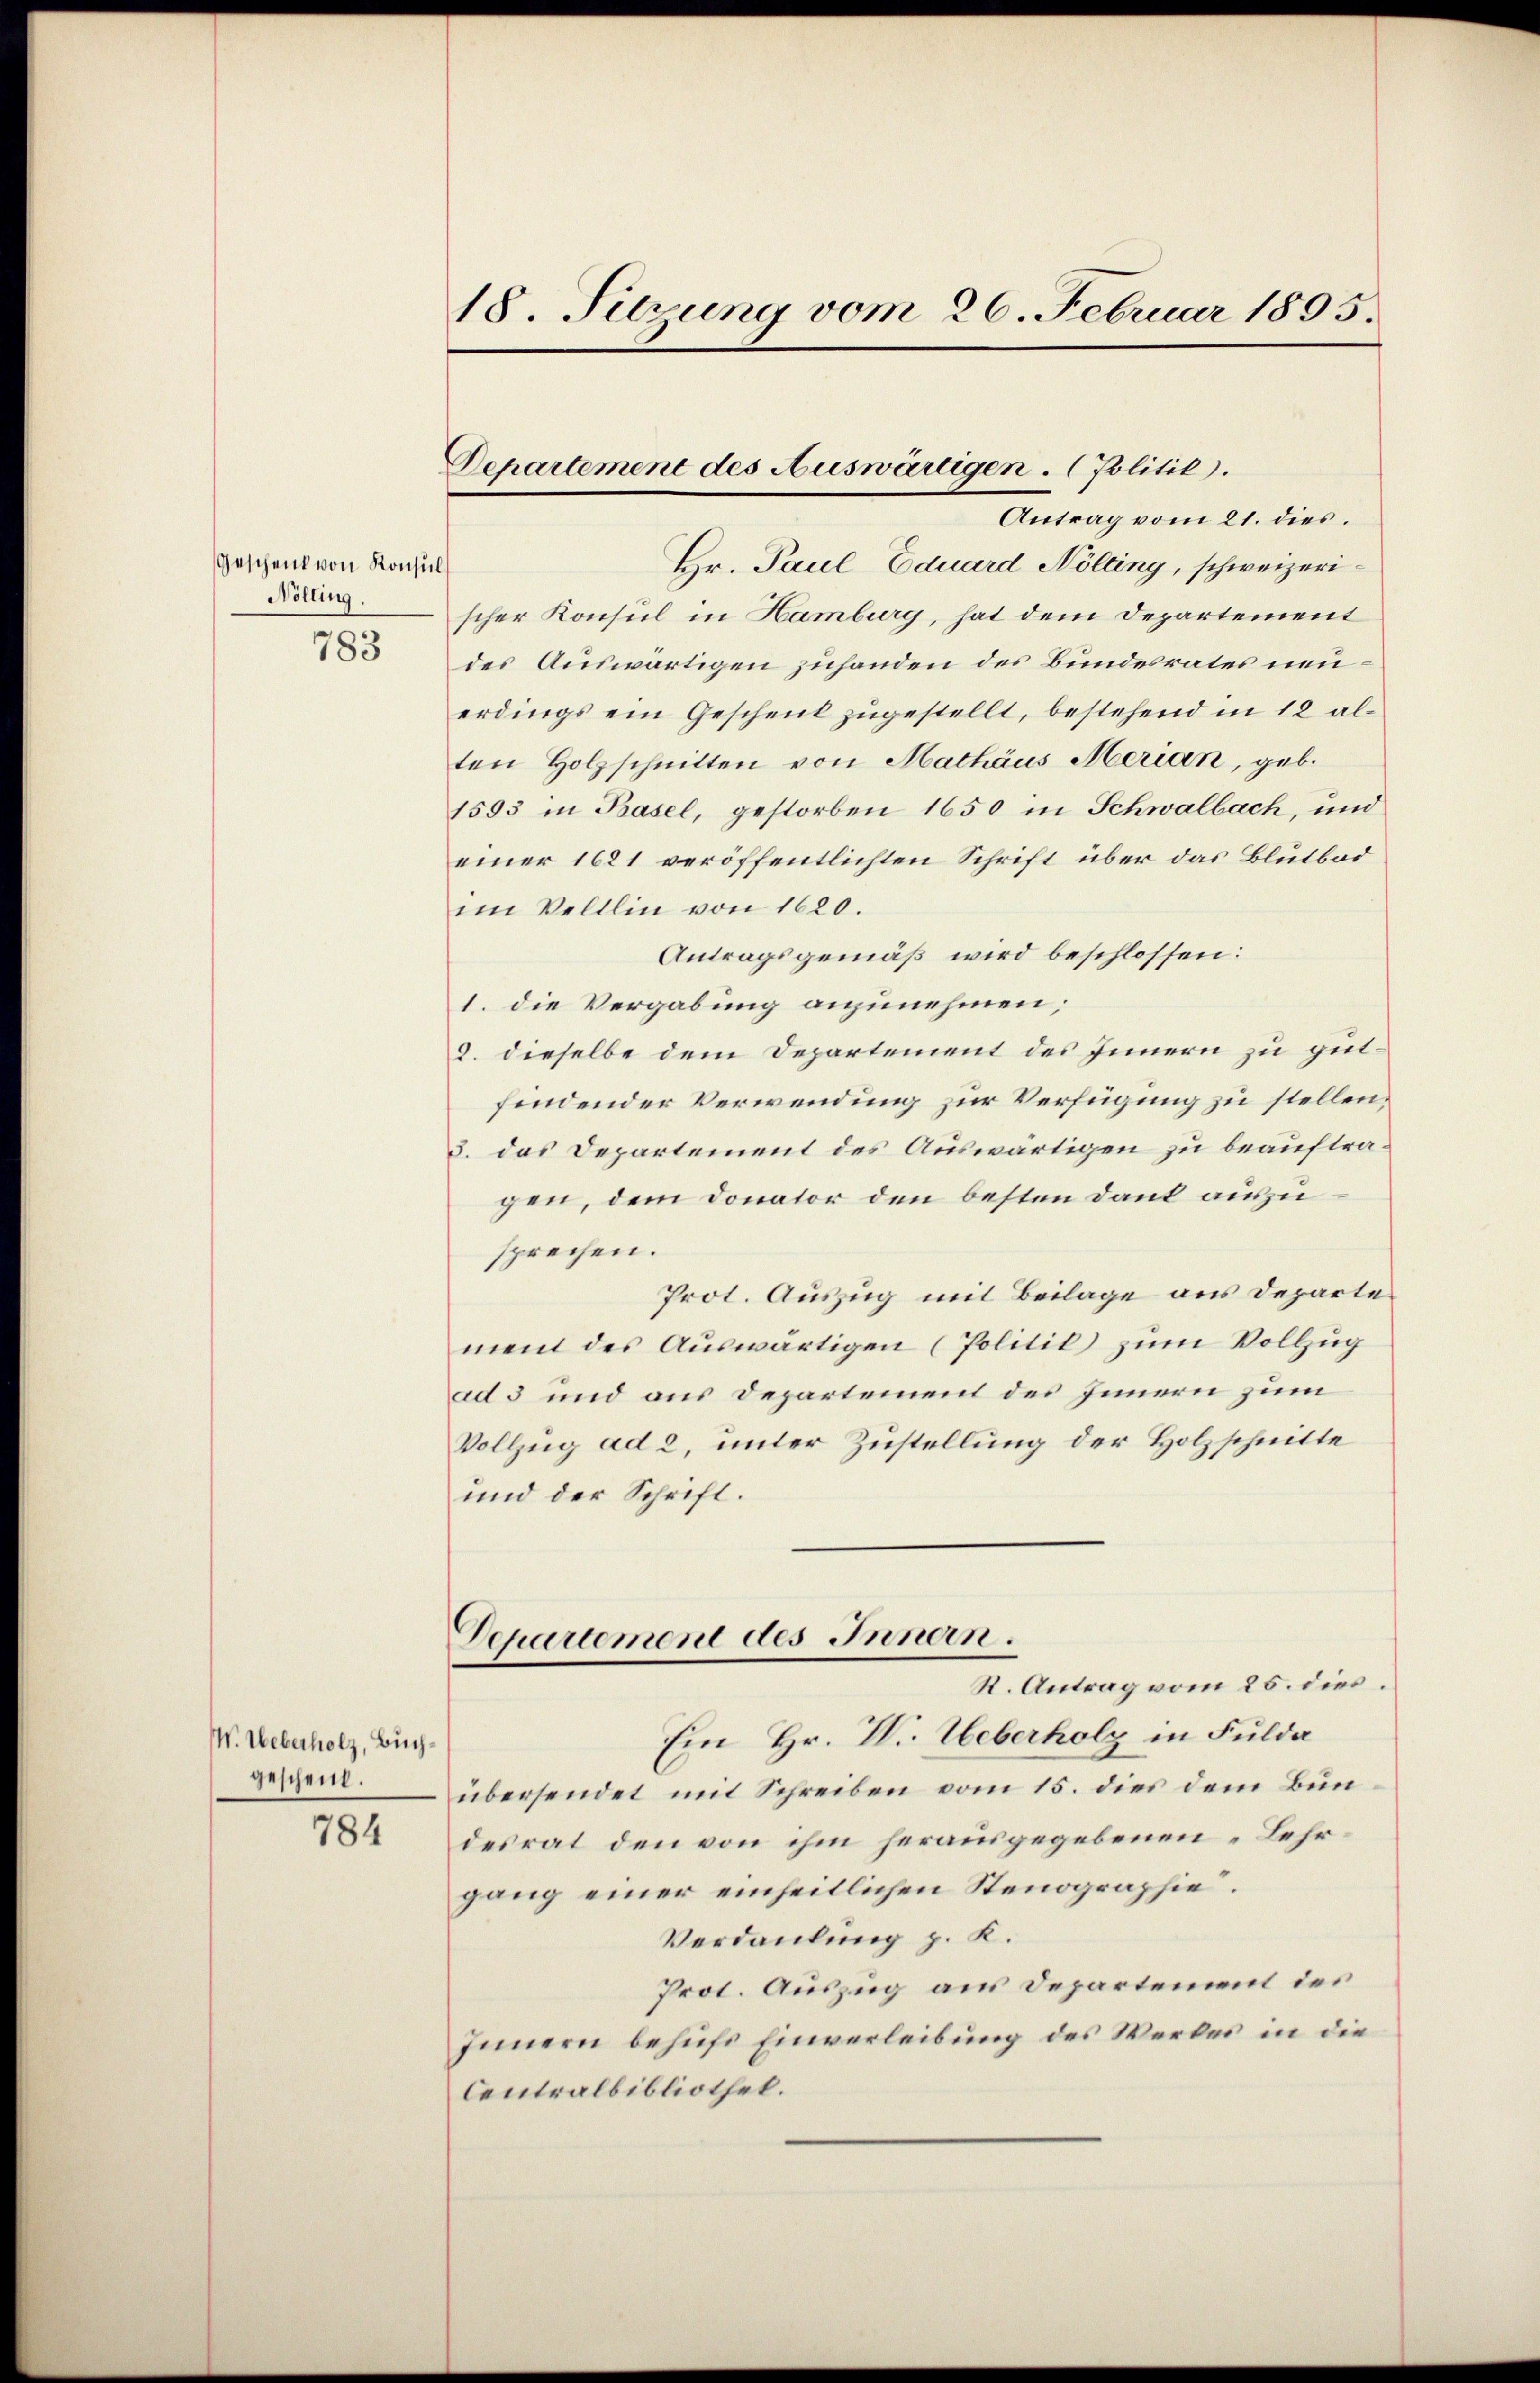
Geschenk von Konsul
Nölling

783

W. Weberholz, Buchgeschend.

784

18. Sitzung vom 26. Februar 1895.

Departement des Auswärtigen. (Politik.
Antrag vom 21. dies.

Hr. Paul Eduard Nölting, schweizerischer Konsul in Hamburg, hat dem Departement
des Auswärtigen zuhanden des Bundesrates neuerdings ein Geschenk zugestellt, bestehend in 12 alten Holzschnitten von Mathäus Merian, geb.
1593 in Basel, gestorben 1650 in Schwalbach, und
einer 1621 veröffentlichten Schrift über das Blutbad
im Veltlin von 1620.
Antragsgemäß wird beschlossen:
1. die Vergabung anzunehmen;
9. dieselbe dem Departement des Innern zu gutfindender Verwendung zur Verfügung zu stellen,
3. das Departement des Auswärtigen zu beauftragen, dem Donator den besten Dank auszusprechen.
Prot. Auszug mit Beilage aus Departement des Auswärtigen (Politik zum Vollzug
ad 3 und aus Departement des Innern zum
Vollzug ad 2, unter Zustellung der Holzschnitte
und der Schrift.
Departement des Innern.
R. Antrag vom 25. dies
Ein Hr. V. Ueberholz in Fulda
übersendet mit Schreiben vom 15. dies dem Bundesrat den von ihm herausgegebenen Lehrgang einer einheitlichen Stenographie.
Verdankung z. K.
Prot. Auszug aus Departement des
Innern behufs Einverleibung des Werkes in die
Centralbibliothek.